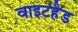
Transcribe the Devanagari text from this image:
वाइटहैड